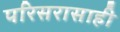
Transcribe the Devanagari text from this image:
परिसरासाही